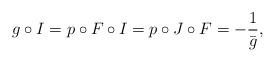
LaTeX: \begin{align*} g\circ I = p\circ F\circ I = p\circ J\circ F = - \frac{1}{\bar g},\end{align*}